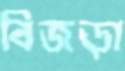
বিজড়া